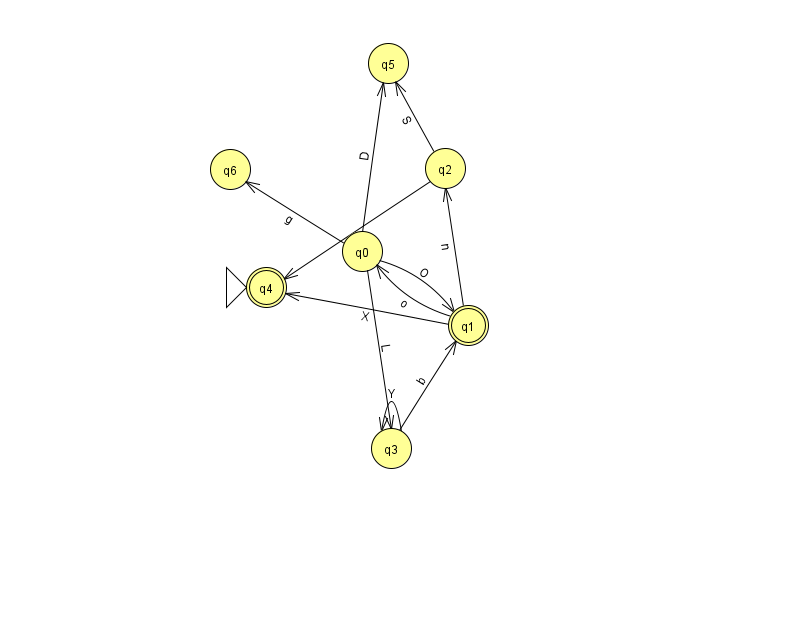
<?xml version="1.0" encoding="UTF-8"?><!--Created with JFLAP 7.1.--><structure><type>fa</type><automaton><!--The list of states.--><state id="0" name="q0"><x>362.0</x><y>238.0</y></state><state id="1" name="q1"><x>468.0</x><y>312.0</y><final/></state><state id="2" name="q2"><x>445.0</x><y>155.0</y></state><state id="3" name="q3"><x>391.0</x><y>435.0</y></state><state id="4" name="q4"><x>266.0</x><y>274.0</y><initial/><final/></state><state id="5" name="q5"><x>388.0</x><y>50.0</y></state><state id="6" name="q6"><x>230.0</x><y>156.0</y></state><!--The list of transitions.--><transition><from>0</from><to>3</to><read>L</read></transition><transition><from>0</from><to>6</to><read>g</read></transition><transition><from>1</from><to>2</to><read>n</read></transition><transition><from>2</from><to>4</to><read>z</read></transition><transition><from>0</from><to>5</to><read>D</read></transition><transition><from>2</from><to>5</to><read>S</read></transition><transition><from>3</from><to>3</to><read>Y</read></transition><transition><from>0</from><to>1</to><read>O</read></transition><transition><from>1</from><to>0</to><read>o</read></transition><transition><from>3</from><to>1</to><read>b</read></transition><transition><from>1</from><to>4</to><read>X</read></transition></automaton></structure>